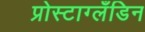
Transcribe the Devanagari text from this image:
प्रोस्टाग्लँडिन